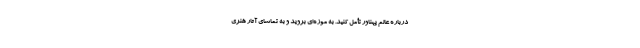
دربارهٔ عالم پهناور تأمل کنید. به موزه‌ای بروید و به تماشای آثار هنری